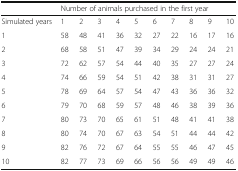
|  | <COLSPAN=10> Number of animals purchased in the first year |
 | --- | --- | --- | --- | --- | --- | --- | --- | --- | --- | --- |
 | Simulated years | 1 | 2 | 3 | 4 | 5 | 6 | 7 | 8 | 9 | 10 |
 | 1 | 58 | 48 | 41 | 36 | 32 | 27 | 22 | 16 | 17 | 16 |
 | 2 | 68 | 58 | 51 | 47 | 39 | 34 | 29 | 24 | 24 | 21 |
 | 3 | 72 | 62 | 57 | 54 | 44 | 40 | 35 | 27 | 27 | 24 |
 | 4 | 74 | 66 | 59 | 54 | 51 | 42 | 38 | 31 | 31 | 27 |
 | 5 | 78 | 69 | 64 | 57 | 54 | 47 | 43 | 36 | 36 | 32 |
 | 6 | 79 | 70 | 68 | 59 | 57 | 48 | 46 | 38 | 39 | 36 |
 | 7 | 80 | 73 | 70 | 65 | 61 | 51 | 48 | 41 | 41 | 38 |
 | 8 | 80 | 74 | 70 | 67 | 63 | 54 | 51 | 44 | 44 | 42 |
 | 9 | 82 | 76 | 72 | 67 | 64 | 55 | 55 | 46 | 47 | 45 |
 | 10 | 82 | 77 | 73 | 69 | 66 | 56 | 56 | 49 | 49 | 46 |